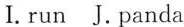
I.run J.panda